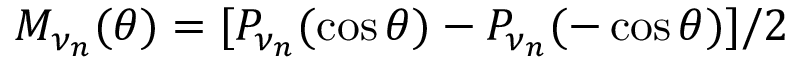
M _ { \nu _ { n } } ( \theta ) = [ P _ { \nu _ { n } } ( \cos \theta ) - P _ { \nu _ { n } } ( - \cos \theta ) ] / 2